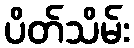
ပိတ်သိမ်း